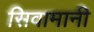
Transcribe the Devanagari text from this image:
सिवामानी